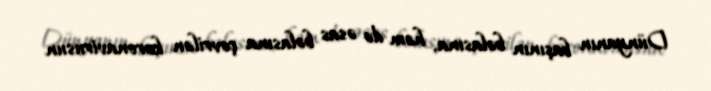
Dünyanın başının bəlasına, həm də əsas bəlasına çevrilən koronavirusun